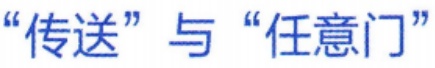
“传送”与“任意门”